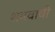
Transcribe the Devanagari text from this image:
शमवावी